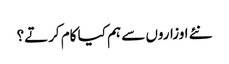
نئے اوزاروں سے ہم کیا کام کرتے؟